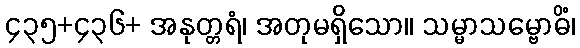
၄၃၅+၄၃၆+ အနုတ္တရံ၊ အတုမရှိသော။ သမ္မာသမ္ဗောဓိံ၊